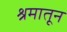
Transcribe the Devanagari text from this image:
श्रमातून